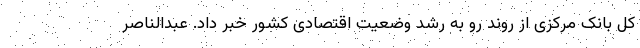
کل بانک مرکزی از روند رو به رشد وضعیت اقتصادی کشور خبر داد. عبدالناصر